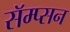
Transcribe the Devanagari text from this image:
सॅम्प्सन